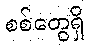
စစ်တွေရှိ